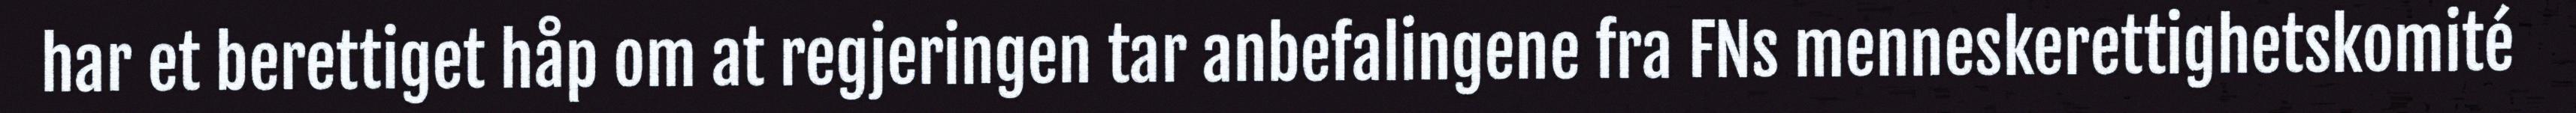
har et berettiget håp om at regjeringen tar anbefalingene fra FNs menneskerettighetskomité